Leaving Certificate Examination (including Day School Certificate (Higher) General paper), 1927
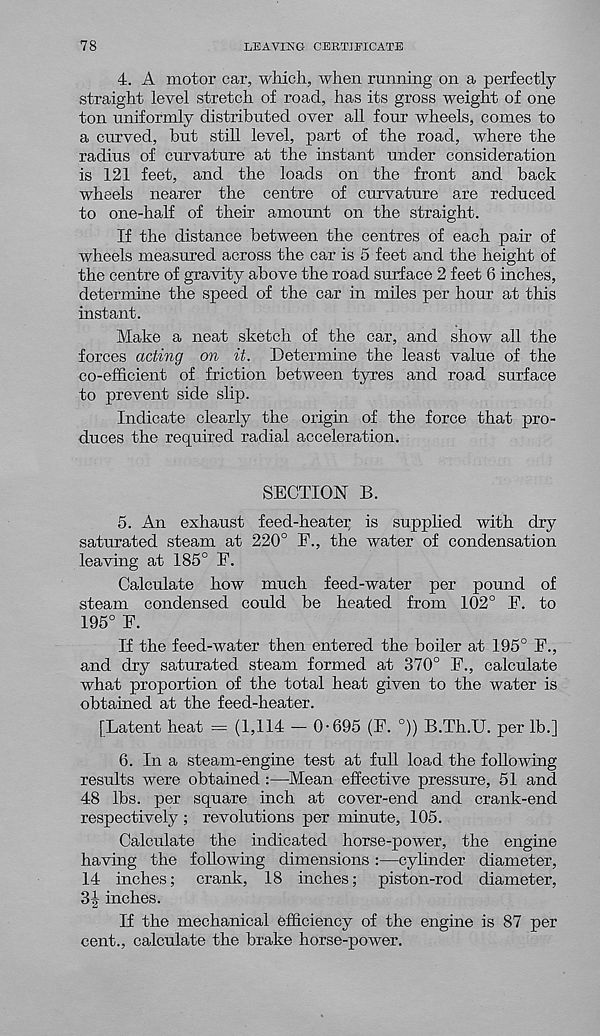
78
LEAVING CEKTIEICATE
4. A motor car, which, when running on a perfectly
straight level stretch of road, has its gross weight of one
ton uniformly distributed over all four wheels, comes to
a curved, but still level, part of the road, where the
radius of curvature at the instant under consideration
is 121 feet, and the loads on the front and back
wheels nearer the centre of curvature are reduced
to one-half of their amount on the straight.
If the distance between the centres of each pair of
wheels measured across the car is 5 feet and the height of
the centre of gravity above the road surface 2 feet 6 inches,
determine the speed of the car in miles per hour at this
instant.
Make a neat sketch of the car, and show all the
forces acting on it. Determine the least value of the
co-efficient of friction between tyres and road surface
to prevent side slip.
Indicate clearly the origin of the force that pro-
duces the required radial acceleration.
SECTION B.
5. An exhaust feed-heater is supplied with dry
saturated steam at 220° F., the water of condensation
leaving at 185° F.
Calculate how much feed-water per pound of
steam condensed could be heated from 102° F. to
195° F.
If the feed-water then entered the boiler at 195° F.,
and dry saturated steam formed at 370° F., calculate
what proportion of the total heat given to the water is
obtained at the feed-heater.
[Latent heat = (1,114 - 0-695 (F. °)) B.Th.U. per lb.]
6. In a steam-engine test at full load the following
results were obtained :—Mean effective pressure, 51 and
48 lbs. per square inch at cover-end and crank-end
respectively ; revolutions per minute, 105.
Calculate the indicated horse-power, the engine
having the following dimensions :—cylinder diameter,
14 inches; crank, 18 inches; piston-rod diameter,
31 inches.
If the mechanical efficiency of the engine is 87 per
cent., calculate the brake horse-power.